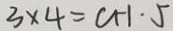
3 \times 4 = C H \cdot 5